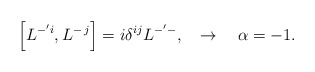
\begin{align*}\left[ L^{-^{\prime }i},L^{-\,j}\right] =i\delta ^{ij}L^{-^{\prime }-},\quad\rightarrow \quad \alpha =-1.\end{align*}